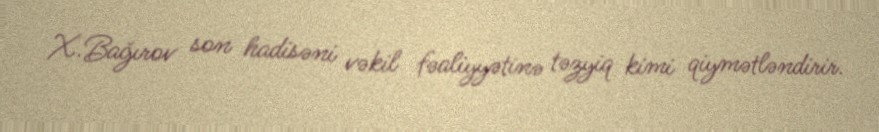
X.Bağırov son hadisəni vəkil fəaliyyətinə təzyiq kimi qiymətləndirir.